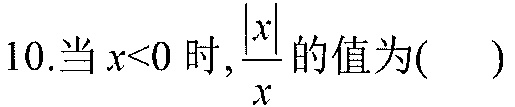
10.当\(x<0\)时,\(\frac{\vert x\vert}{x}\)的值为( )